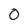
Character: 0